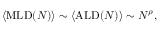
\langle \mathrm { M L D } ( N ) \rangle \sim \langle \mathrm { A L D } ( N ) \rangle \sim N ^ { \rho } ,